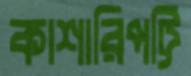
কাশারিপট্টি